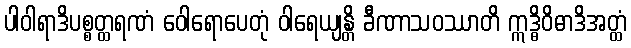
ပါဝါရာဒိပစ္စတ္ထရဏံ ဝေါရောပေတုံ ဝါရေယျန္တိ ခီဏာသဝဿာတိ ဣဒ္ဓိဝိဓာဒိအတ္ထံ